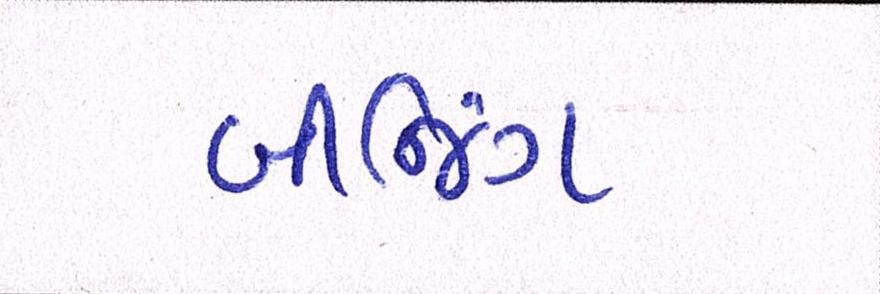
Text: બીજિંગ